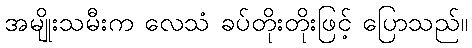
အမျိုးသမီးက လေသံ ခပ်တိုးတိုးဖြင့် ပြောသည်။